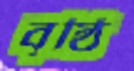
বৃষ্ঠি